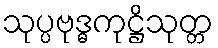
သုပ္ပဗုဒ္ဓကုဋ္ဌိသုတ္တ